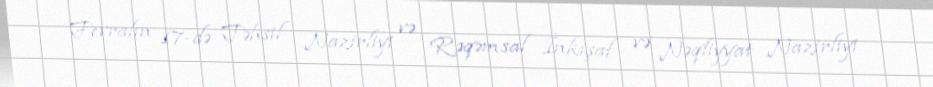
Fevralın 17-də Təhsil Nazirliyi və Rəqəmsal İnkişaf və Nəqliyyat Nazirliyi